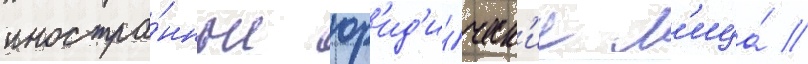
иностра́нные юр'ид'и́ческ'ие л'ица́ /